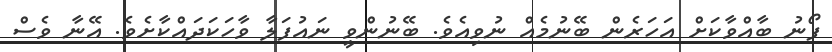
ފޯނު ބާއްވާކަށް އަހަރެން ބޭނުމެއް ނުވިއެވެ. ބޭނުންވީ ނައުފަލާ ވާހަކަދައްކާށެވެ. އޭނާ ވެސް